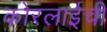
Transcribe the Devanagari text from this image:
कोरलाईची